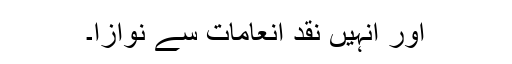
اور انہیں نقد انعامات سے نوازا۔